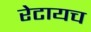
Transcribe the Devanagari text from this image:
रेटायच